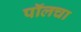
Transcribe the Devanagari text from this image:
पॉलचा